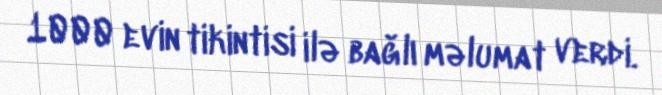
1000 evin tikintisi ilə bağlı məlumat verdi.